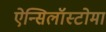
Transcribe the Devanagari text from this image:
ऐन्सिलॉस्टोमा